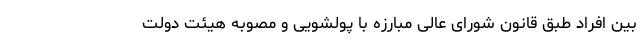
بین افراد طبق قانون شورای عالی مبارزه با پولشویی و مصوبه هیئت دولت